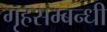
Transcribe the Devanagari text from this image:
गृहसम्बन्धी